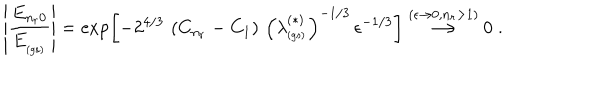
LaTeX: \left| \frac { E _ { n _ { r } 0 } } { E _ { _ \mathrm { ( g s ) } } } \right| = \exp \left[ - 2 ^ { 4 / 3 } \, \left( C _ { n _ { r } } - C _ { 1 } \right) \, \left( \lambda _ { _ \mathrm { ( g s ) } } ^ { ( \ast ) } \right) ^ { - 1 / 3 } \, \epsilon ^ { - 1 / 3 } \right] \stackrel { ( \epsilon \rightarrow 0 , n _ { r } > 1 ) } { \longrightarrow } 0 \; .